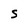
Character: S